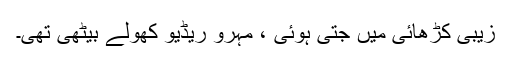
زیبی کڑھائی میں جتی ہوئی ، مہرو ریڈیو کھولے بیٹھی تھی۔